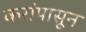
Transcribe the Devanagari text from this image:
करांपासून